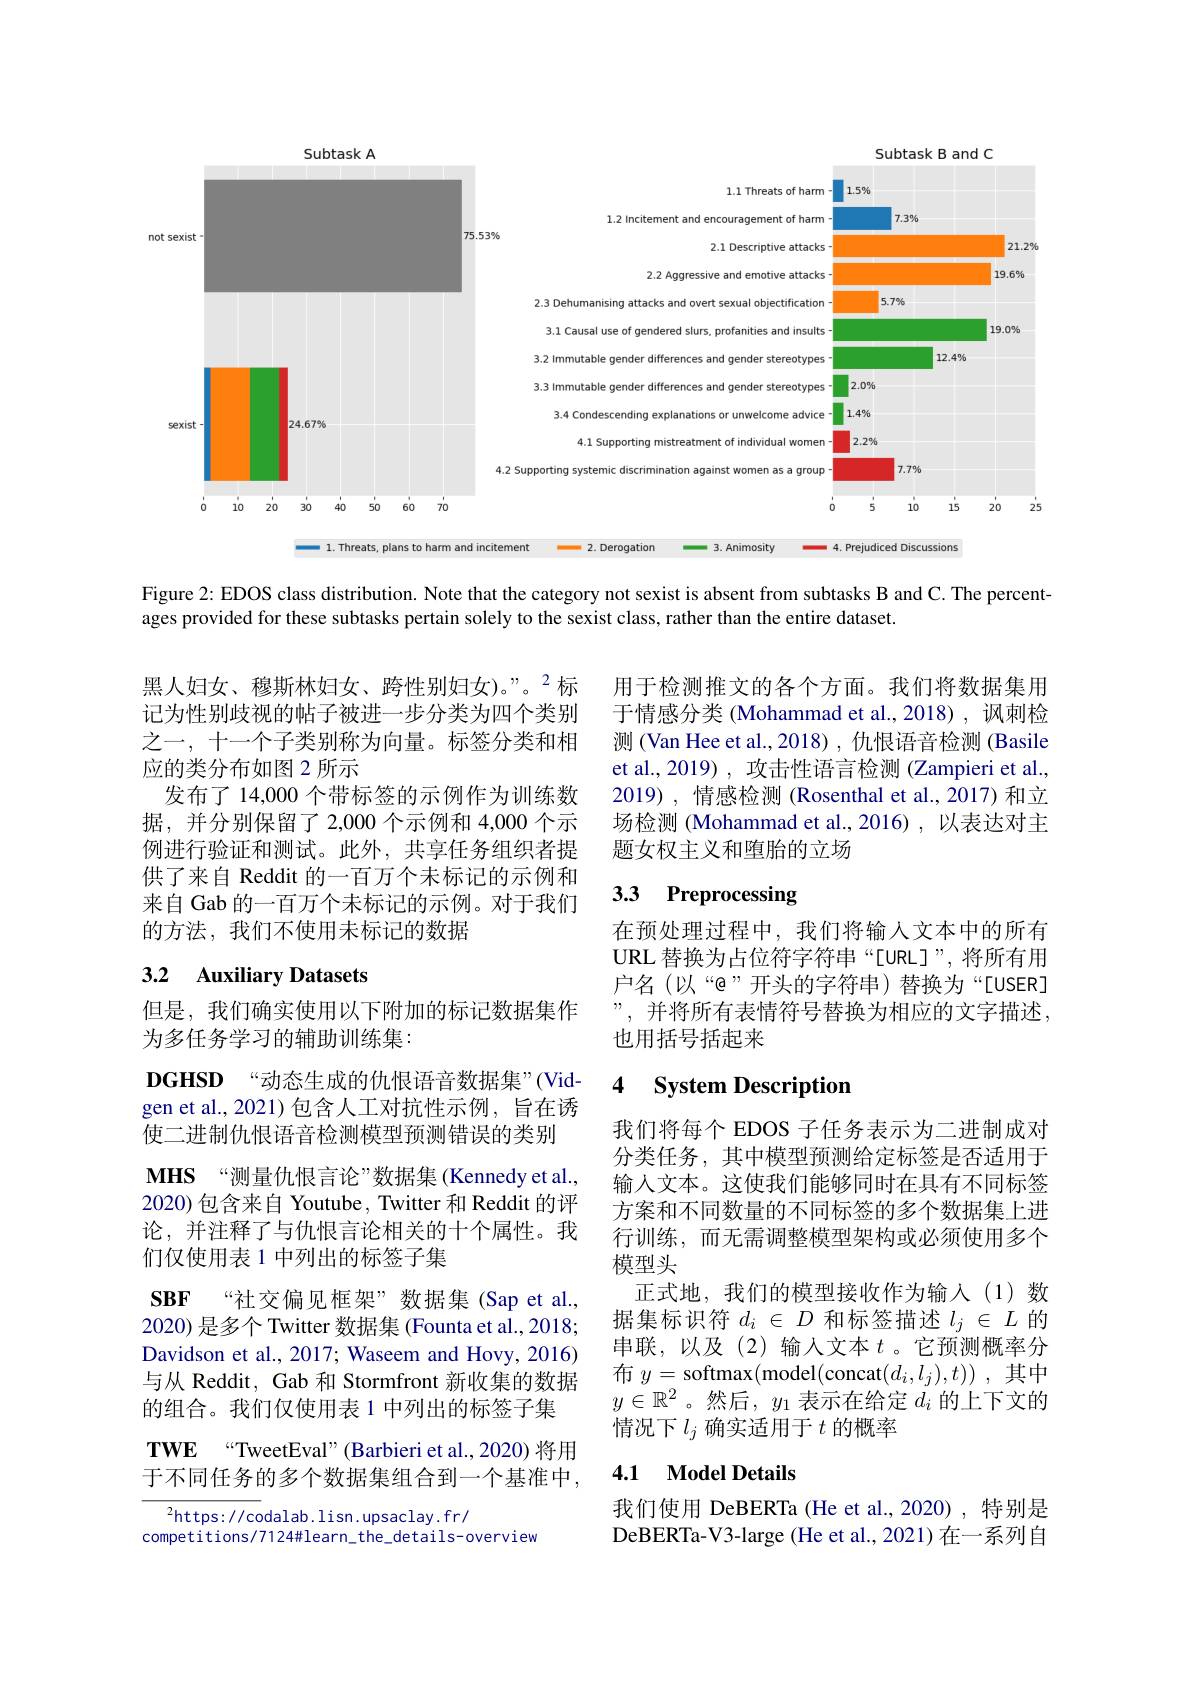
<FigureHere>

Figure 2: EDOS class distribution. Note that the category not sexist is absent from subtasks B and C. The percent-
ages provided for these subtasks pertain solely to the sexist class, rather than the entire dataset.

黑人妇女、穆斯林妇女、跨性别妇女)。”。2标记为性别歧视的帖子被进一步分类为四个类别之一，十一个子类别称为向量。标签分类和相应的类分布如图 2 所示
发布了 14,000 个带标签的示例作为训练数据，并分别保留了2，000个示例和 4,000个示例进行验证和测试。此外，共享任务组织者提供了来自 Reddit 的一百万个未标记的示例和来自 Gab 的一百万个未标记的示例。对于我们的方法，我们不使用未标记的数据

# 3.2 Auxiliary Datasets

但是，我们确实使用以下附加的标记数据集作
为多任务学习的辅助训练集：
$\mathbf{DGHSD}$ $“$动态生成的仇恨语音数据集”(Vid-) gen et al., 2021) 包含人工对抗性示例，旨在诱使二进制仇恨语音检测模型预测错误的类别
$\mathbf{MHS}$“测量仇恨言论”数据集(Kennedy et al. 2020)包含来自 Youtube, Twitter 和 Reddit 的评论，并注释了与仇恨言论相关的十个属性。我们仅使用表 1 中列出的标签子集
SBF “社交偏见框架”数据集(Sap et al. 2020) 是多个 Twitter 数据集 (Founta et al., 2018; Davidson et al., 2017; Waseem and Hovy, 2016) 与从 Reddit, Gab 和 Stormfront 新收集的数据的组合。我们仅使用表 1 中列出的标签子集
$\textbf{TWE}$ $“$TweetEval" ( Barbieri et al. , 2020) 将 用

于不同任务的多个数据集组合到一个基准中，

$^2$https://codalab.lisn.upsaclay.fr/
competitions/7124#learn_the_details-overview

用于检测推文的各个方面。我们将数据集用于情感分类 (Mohammad et al.,2018),讽刺检测 (Van Hee et al.,2018) , 仇恨语音检测 (Basile et al., 2019) , 攻击性语言检测 (Zampieri et al. 2019) ,情感检测 (Rosenthal et al.,2017)和立场检测 (Mohammad et al.,2016) ,以表达对主题女权主义和堕胎的立场

## 3.3 Preprocessing

在预处理过程中，我们将输入文本中的所有URL 替换为占位符字符串“[URL]”,将所有用户名(以“@”开头的字符串)替换为“[USER] ”, 并将所有表情符号替换为相应的文字描述， 也用括号括起来

### 4 $\textbf{Svstem Description}$

我们将每个 EDOS 子任务表示为二进制成对分类任务，其中模型预测给定标签是否适用于输入文本。这使我们能够同时在具有不同标签方案和不同数量的不同标签的多个数据集上进行训练，而无需调整模型架构或必须使用多个模型头
正式地，我们的模型接收作为输入(1)数据集标识符$d_i\in D$和标签描述$l_j\in L$的串联，以及(2)输入文本$t$。它预测概率分布$y=$softmax(model(concat$(d_i,l_j),t))$ ,其中$y\in\mathbb{R}^2$。然后，$y_1$表示在给定$d_i$的上下文的情况下$l_j$确实适用于$t$的概率

## 4.1 Model Details

我们使用 DeBERTa (He et al.,2020),特别是DeBERTa-V3-large (He et al., 2021) 在一系列自